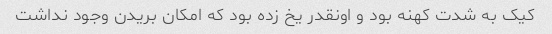
کیک به شدت کهنه بود و اونقدر یخ زده بود که امکان بریدن وجود نداشت